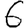
Digit: 6